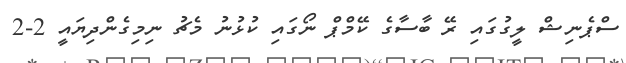
ސްޕެނިޝް ލީގުގައި ރޭ ބާސާގެ ކޭމްޕް ނޯގައި ކުޅުނު މެޗު ނިމިގެންދިޔައީ 2-2